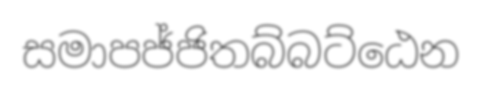
සමාපජ්ජිතබ්බට්ඨෙන